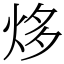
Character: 㶴